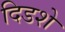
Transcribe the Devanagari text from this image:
दिडशे